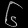
Digit: ၆